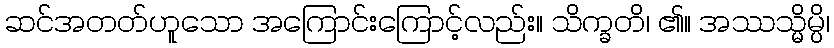
ဆင်အတတ်ဟူသော အကြောင်းကြောင့်လည်း။ သိက္ခတိ၊ ၏။ အဿသ္မိမ္ပိ၊